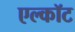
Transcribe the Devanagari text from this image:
एल्कॉट